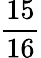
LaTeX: \frac{15}{16}